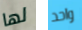
لها واحد